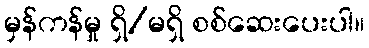
မှန်ကန်မှု ရှိ/မရှိ စစ်ဆေးပေးပါ။